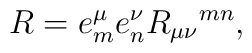
R=e^{\mu}_m e^{\nu}_n R_{\mu\nu}{}^{mn},